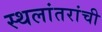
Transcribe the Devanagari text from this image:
स्थलांतरांची